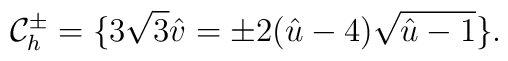
{\cal C}_{h}^{\pm} = \{3\sqrt{3} \hat{v} = \pm2(\hat{u}-4)\sqrt{\hat{u}-1} \}.